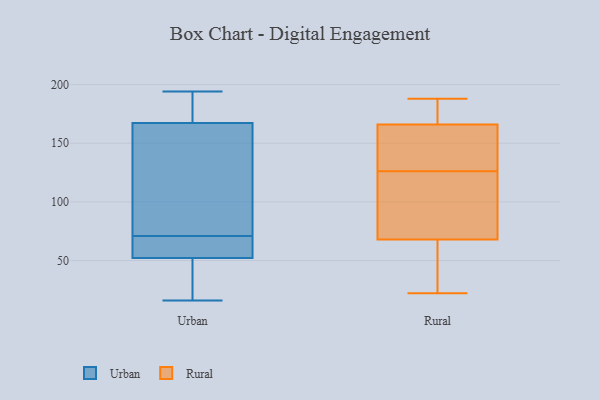
{"axis": {"x": "Inventory Turnover", "y": "Value"}, "legend": ["Rural", "Urban"], "data": [{"x": "", "y": 171, "type": "Urban"}, {"x": "", "y": 16, "type": "Urban"}, {"x": "", "y": 185, "type": "Urban"}, {"x": "", "y": 67, "type": "Urban"}, {"x": "", "y": 71, "type": "Urban"}, {"x": "", "y": 171, "type": "Urban"}, {"x": "", "y": 156, "type": "Urban"}, {"x": "", "y": 65, "type": "Urban"}, {"x": "", "y": 133, "type": "Urban"}, {"x": "", "y": 94, "type": "Urban"}, {"x": "", "y": 43, "type": "Urban"}, {"x": "", "y": 67, "type": "Urban"}, {"x": "", "y": 194, "type": "Urban"}, {"x": "", "y": 24, "type": "Urban"}, {"x": "", "y": 48, "type": "Urban"}, {"x": "", "y": 22, "type": "Rural"}, {"x": "", "y": 161, "type": "Rural"}, {"x": "", "y": 92, "type": "Rural"}, {"x": "", "y": 77, "type": "Rural"}, {"x": "", "y": 188, "type": "Rural"}, {"x": "", "y": 58, "type": "Rural"}, {"x": "", "y": 174, "type": "Rural"}, {"x": "", "y": 123, "type": "Rural"}, {"x": "", "y": 118, "type": "Rural"}, {"x": "", "y": 65, "type": "Rural"}, {"x": "", "y": 142, "type": "Rural"}, {"x": "", "y": 185, "type": "Rural"}, {"x": "", "y": 171, "type": "Rural"}, {"x": "", "y": 166, "type": "Rural"}, {"x": "", "y": 137, "type": "Rural"}, {"x": "", "y": 129, "type": "Rural"}, {"x": "", "y": 68, "type": "Rural"}, {"x": "", "y": 58, "type": "Rural"}]}